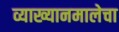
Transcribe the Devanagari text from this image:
व्याख्यानमालेचा